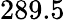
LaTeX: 289.5